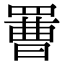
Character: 𦋿